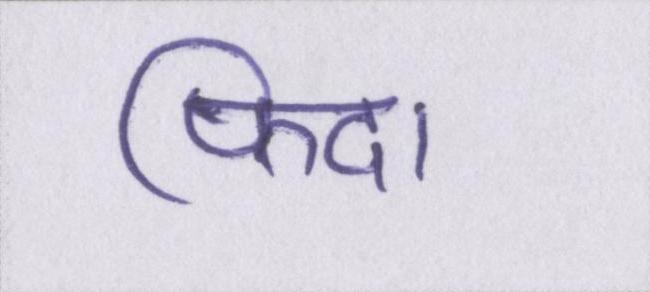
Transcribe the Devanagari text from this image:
फिदा